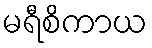
မရီစိကာယ